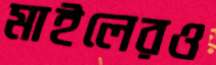
মাইলেরও